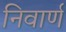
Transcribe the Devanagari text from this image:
निवार्ण